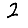
Digit: 2